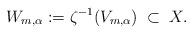
LaTeX: \begin{align*}W_{m, \alpha} := \zeta^{-1}(V_{m, \alpha}) \; \subset \; X.\end{align*}